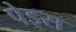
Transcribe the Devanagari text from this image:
पेइस